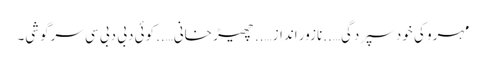
مہرو کی خود سپردگی…..نازور انداز…..چھیڑ خانی…..کوئی دبی دبی سی سرگوشی۔